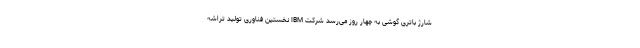
شارژ باتری گوشی به چهار روز می‌رسد شرکت IBM نخستین فناوری تولید تراشه